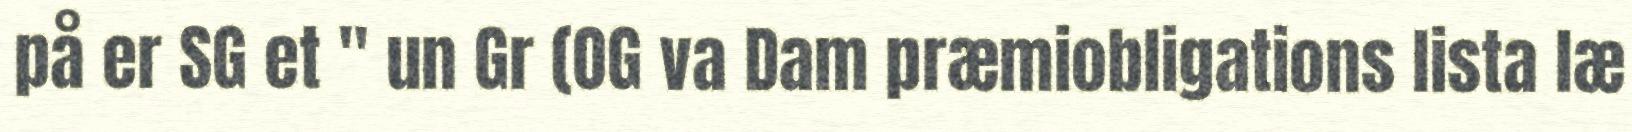
på er SG et " un Gr (OG va Dam præmiobligations lista læ